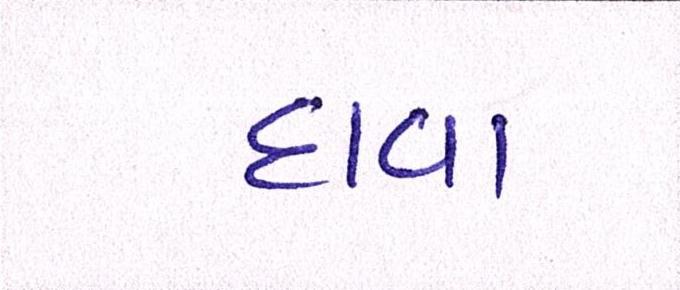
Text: દાવા